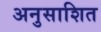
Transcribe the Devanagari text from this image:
अनुसाशित